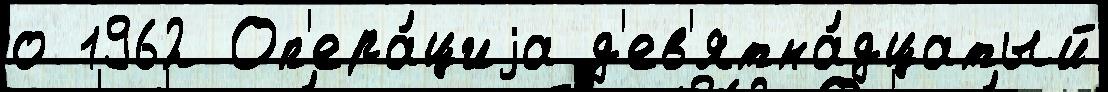
о 1962 Оп'ера́циjа д'ев'ятна́дцатый